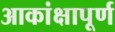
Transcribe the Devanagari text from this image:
आकांक्षापूर्ण